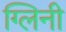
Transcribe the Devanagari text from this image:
ग्लिनी